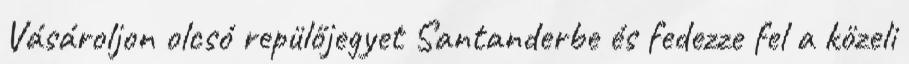
Vásároljon olcsó repülőjegyet Santanderbe és fedezze fel a közeli